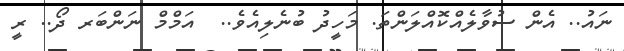
ނައު.. އެން ސުވާލެއްކޮއްލަންތަ. މަހީދު ބުނެލިއެވެ..  އަމްމް ނަންބަރ ދޯ.. ރީ